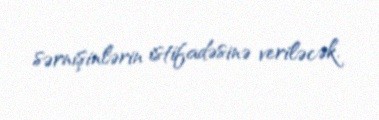
sərnişinlərin istifadəsinə veriləcək.